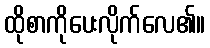
ထိုစာကိုပေးလိုက်လေ၏။